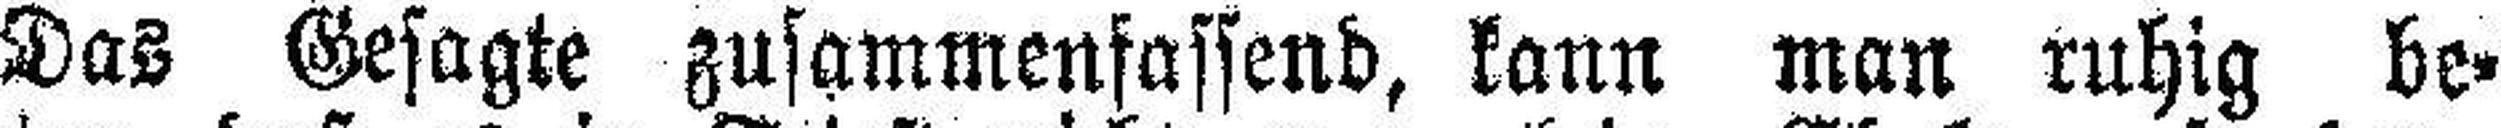
Das Gesagte zusammenfassend, kann man ruhig be¬